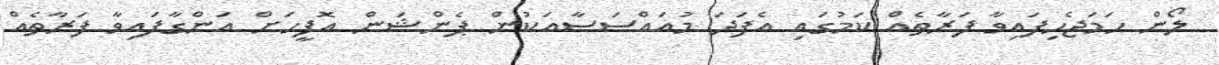
ލޯން ހަމަޖެހިފައިވާ ފަރާތެއް ކަމުގައި އެފަދަ މުއައްސަސާއަކުން ޕެންޝަން އޮފީހަށް އަންގާފައިވާ ފަރާތެއް